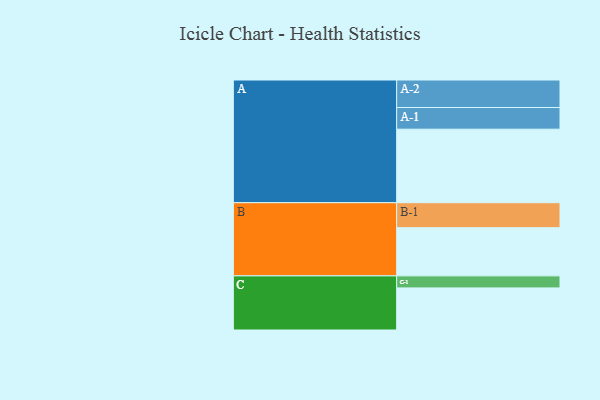
{"axis": {"x": "Segment", "y": "Value"}, "legend": ["", "A", "B", "C"], "data": [{"x": "A", "y": 580, "type": ""}, {"x": "B", "y": 380, "type": ""}, {"x": "C", "y": 332, "type": ""}, {"x": "A-1", "y": 171, "type": "A"}, {"x": "A-2", "y": 217, "type": "A"}, {"x": "B-1", "y": 197, "type": "B"}, {"x": "C-1", "y": 95, "type": "C"}]}